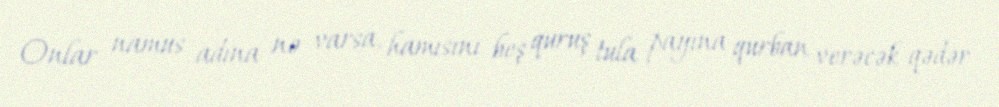
Onlar namus adına nə varsa, hamısını beş quruş tula payına qurban verəcək qədər